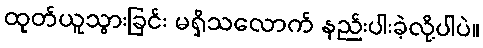
ထုတ်ယူသွားခြင်း မရှိသလောက် နည်းပါးခဲ့လို့ပါပဲ။